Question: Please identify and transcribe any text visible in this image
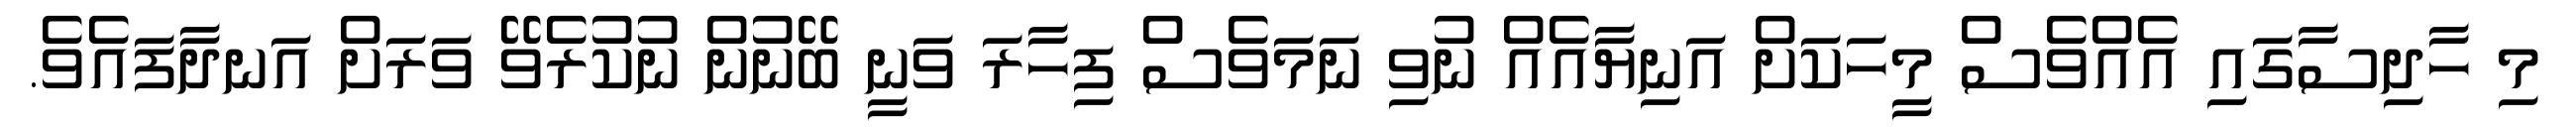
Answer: މި ހާދިސާގައި އެއްވެސް މީހަކަށް އަނިޔާއެއް ނުވި ނަމަވެސް ފިހާރަ ވަނީ ބޭނުން ނުކުރެވޭ ވަރަށް އަނދާފައެވެ.